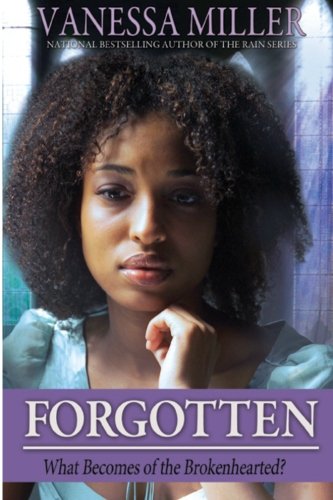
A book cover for Forgotten (Forsaken) (Volume 3); Vanessa Miller; Literature & Fiction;